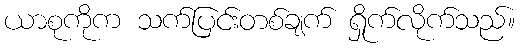
ယာစုကိုက သက်ပြင်းတစ်ချက် ရှိုက်လိုက်သည်။